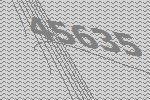
45635